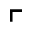
\ulcorner